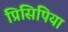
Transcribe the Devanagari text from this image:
प्रिसिपिया